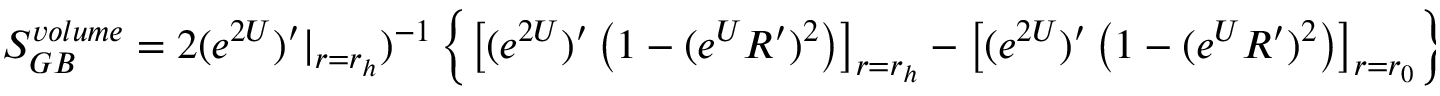
S _ { G B } ^ { v o l u m e } = 2 ( e ^ { 2 U } ) ^ { \prime } | _ { r = r _ { h } } ) ^ { - 1 } \left\{ \left[ ( e ^ { 2 U } ) ^ { \prime } \left( 1 - ( e ^ { U } R ^ { \prime } ) ^ { 2 } \right) \right] _ { r = r _ { h } } - \left[ ( e ^ { 2 U } ) ^ { \prime } \left( 1 - ( e ^ { U } R ^ { \prime } ) ^ { 2 } \right) \right] _ { r = r _ { 0 } } \right\} \ .